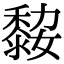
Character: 𪏼